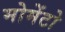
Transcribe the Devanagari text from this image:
मोमेंटो